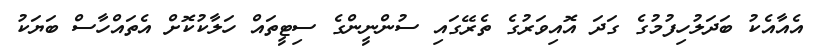
އެއާއެކު ބަދަލުހިފުމުގެ ގަދަ އޮއިވަރުގެ ތެރޭގައި ސުންނީންގެ ސިޓީތައް ހަލާކުކޮށް އެތައްހާސް ބަޔަކު